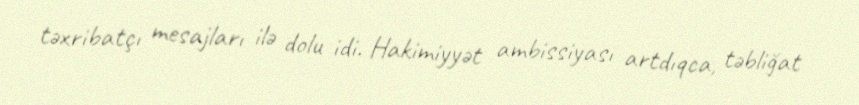
təxribatçı mesajları ilə dolu idi. Hakimiyyət ambissiyası artdıqca, təbliğat